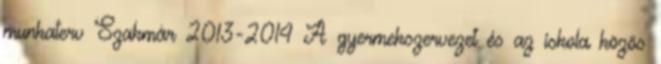
munkaterv Szakmár 2013-2014 A gyermekszervezet és az iskola közös